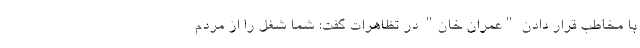
با مخاطب قرار دادن "عمران خان" در تظاهرات گفت: شما شغل را از مردم